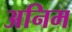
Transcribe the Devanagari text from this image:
अनिम